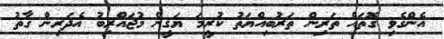
އެންގެވި ގޮތައް ތަރިން ތަރުބިއްޔަތު ކުރީމަ ޔަޤީން މުޖައްރިބު އެދަރިން ގާތު